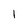
Character: l